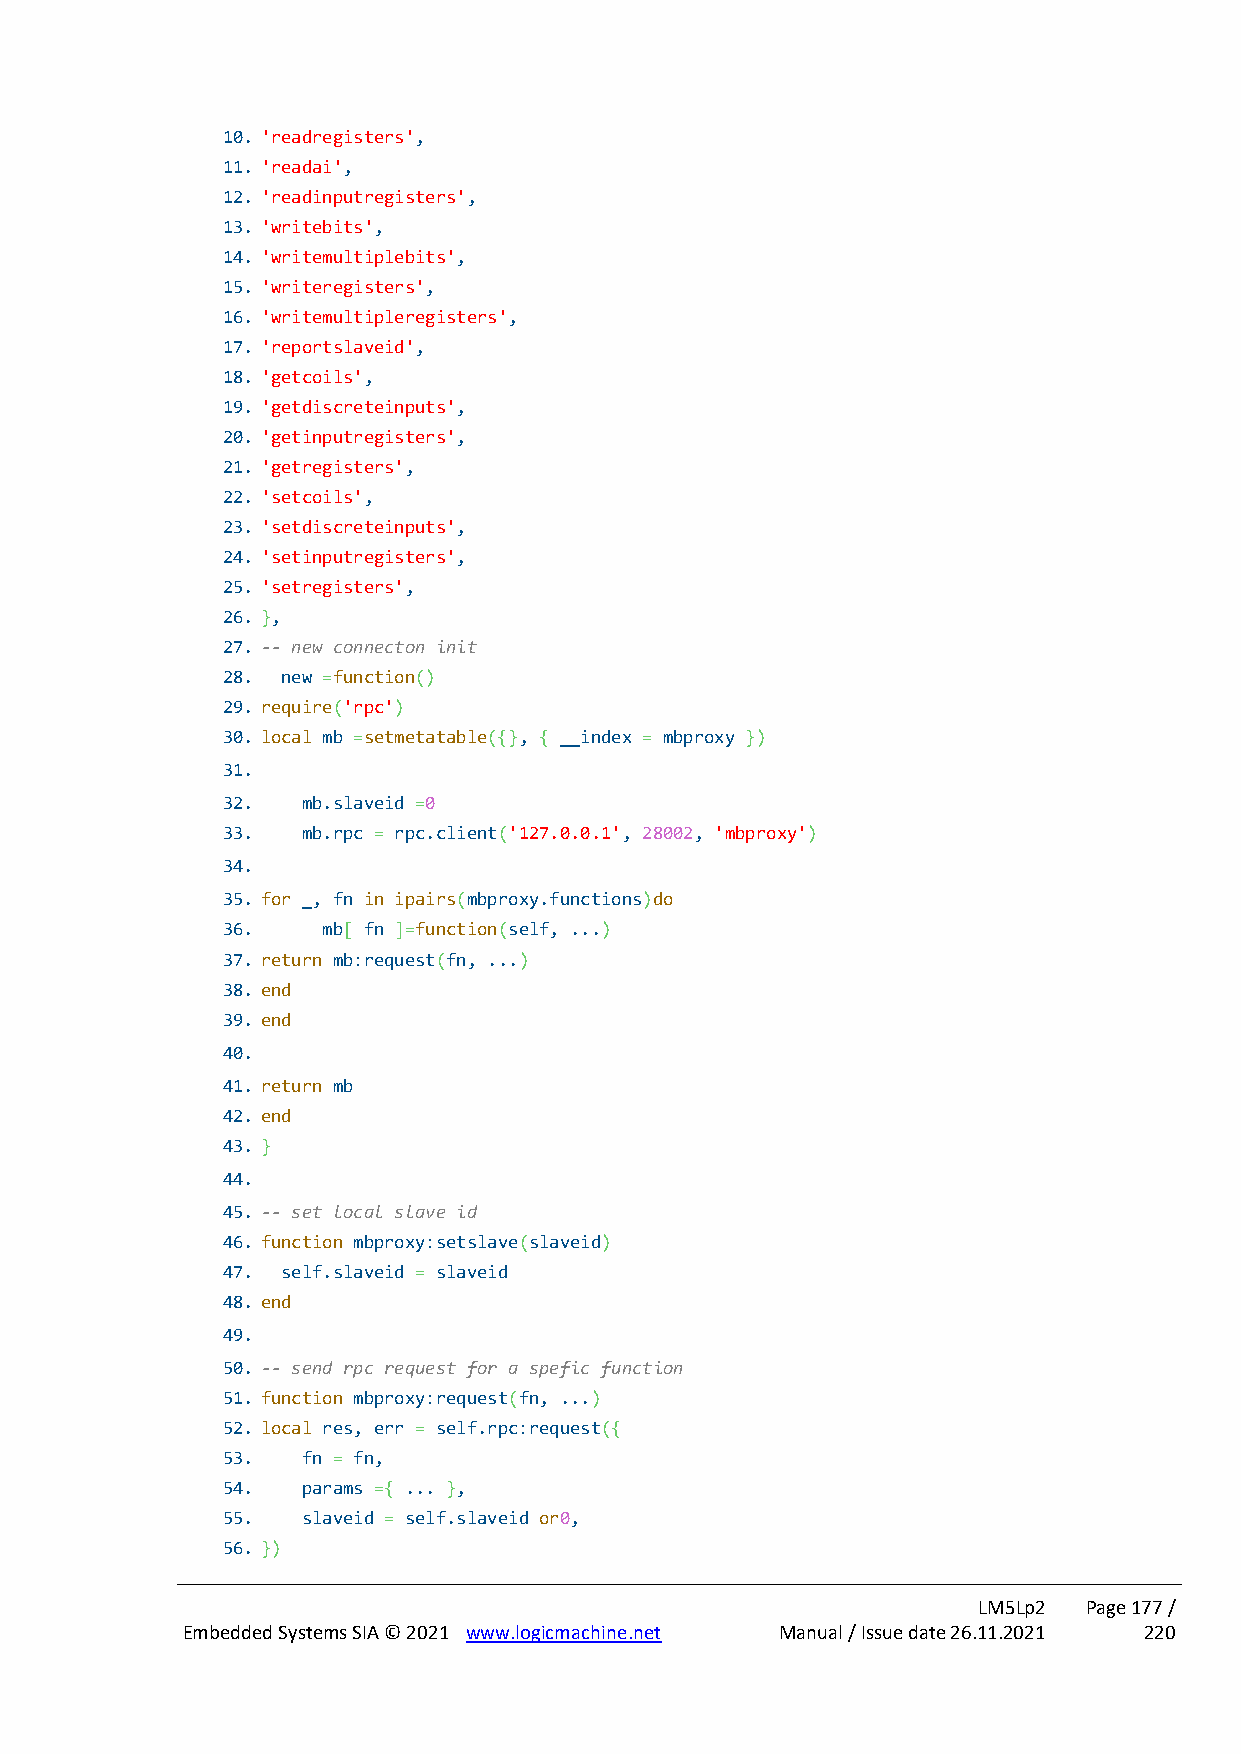
10. 'readregisters',
 11. 'readai',
 12. 'readinputregisters',
 13. 'writebits',
 14. 'writemultiplebits',
 15. 'writeregisters',
 16. 'writemultipleregisters',
 17. 'reportslaveid',
 18. 'getcoils',
 19. 'getdiscreteinputs',
 20. 'getinputregisters',
 21. 'getregisters',
 22. 'setcoils',
 23. 'setdiscreteinputs',
 24. 'setinputregisters',
 25. 'setregisters',
 26. },
 27. -- new connecton init
 28. new =function()
 29. require('rpc')
 30. local mb =setmetatable({}, { __index = mbproxy })
 31.
 32.  mb.slaveid =0
 33.  mb.rpc = rpc.client('127.0.0.1', 28002, 'mbproxy')
 34.
 35. for _, fn in ipairs(mbproxy.functions)do
 36.   mb[ fn ]=function(self, ...)
 37. return mb:request(fn, ...)
 38. end
 39. end
 40.
 41. return mb
 42. end
 43. }
 44.
 45. -- set local slave id
 46. function mbproxy:setslave(slaveid)
 47. self.slaveid = slaveid
 48. end
 49.
 50. -- send rpc request for a spefic function
 51. function mbproxy:request(fn, ...)
 52. local res, err = self.rpc:request({
 53.  fn = fn,
 54.  params ={ ... },
 55.  slaveid = self.slaveid or0,
 56. })
 LM5Lp2 Page 177 /
 Embedded Systems SIA © 2021 www.logicmachine.net Manual / Issue date 26.11.2021 220